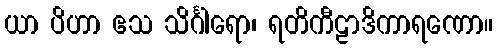
ယာ ပိဟာ ဧသ သိင်္ဂါရော၊ ရတိကီဠာဒိကာရဏော။